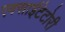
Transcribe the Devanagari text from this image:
एक्साईटेटोरी